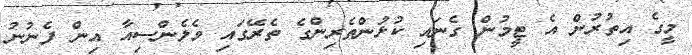
މީގެ އިތުރުން އެ ޓީމުން ގެނައި ކުޅުންތެރިންގެ ތެރޭގައި ވެލެންސިއާ އިން ފެނުނު